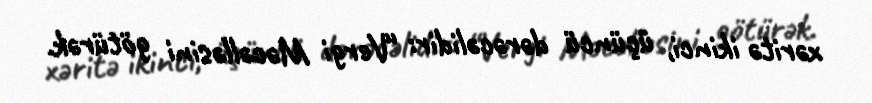
xəritə ikinci, üçüncü dərəcəlidir: “Vergi Məcəlləsini götürək.